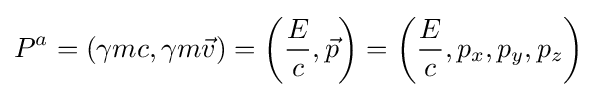
P^{a}=\left(\gamma mc,\gamma m{\vec {v}}\right)=\left({\frac {E}{c}},{\vec {p}}\right)=\left({\frac {E}{c}},p_{x},p_{y},p_{z}\right)